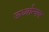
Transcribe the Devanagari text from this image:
ऊर्ध्वान्वय